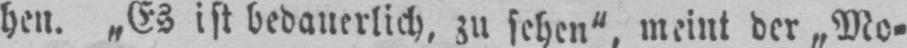
hen. „Es ist bedauerlich, zu sehen“, meint der „Mo⸗